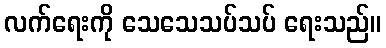
လက်ရေးကို သေသေသပ်သပ် ရေးသည်။